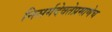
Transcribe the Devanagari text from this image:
निसर्गदेवतेप्रमाणेच